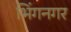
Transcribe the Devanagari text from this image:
भिंगनगर